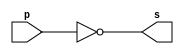
// -------------------------
// Extra01 - COMPLEMENTO DE UM
// Nome: Davidson Francis
// -------------------------

// -------------------------
//  complemento de um
// -------------------------

module c1byte (output[0:7] s, input[0:7] p);
  assign s = ~p;
endmodule

// -------------------------
//  complemento de um
// -------------------------

module testbytegate;

// ------------------------- dados locais
reg [0:7] a;
wire[0:7] s;

// ------------------------- instancia
c1byte compl_um (s, a);


// ------------------------- preparacao
initial begin:start
  a=8'b10110110;
end


// ------------------------- parte principal
initial begin:main

  $display("Extra01 - DavidsonFrancis - 466499");
  $display("Teste complemento de 1:"); 
  $monitor("%b | %b | %b | %b | %b | %b | %b | %b = %b", a[0],a[1],a[2],a[3],a[4],a[5],a[6],a[7],s);

  end
endmodule // teste complemento de 1